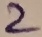
Text: 2